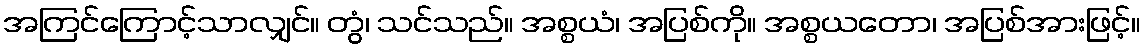
အကြင်ကြောင့်သာလျှင်။ တွံ၊ သင်သည်။ အစ္စယံ၊ အပြစ်ကို။ အစ္စယတော၊ အပြစ်အားဖြင့်။